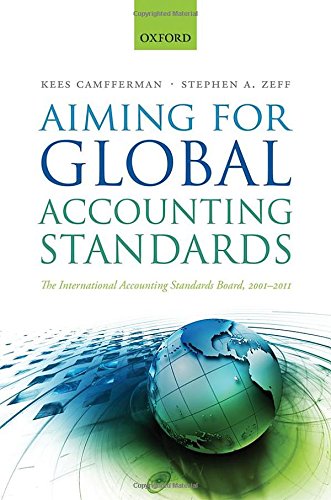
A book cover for Aiming for Global Accounting Standards: The International Accounting Standards Board, 2001-2011; Kees Camfferman; Business & Money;